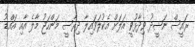
ރައީސް ނަޝީދު ވިދާޅުވީ އަލަށް އެކުލަވައިލާ ދިރާސީ މަންހަޖު މާލެ އާއި އައްޑު